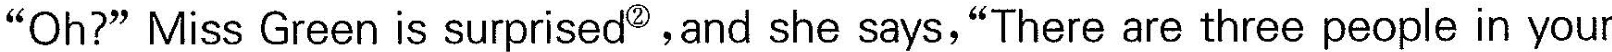
"Oh?" Miss Green is surprised^{②}, and she says,"There are three people in your